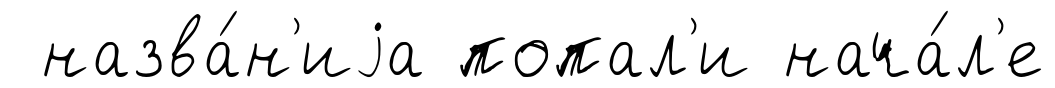
назва́н'иjа попал'и нача́л'е